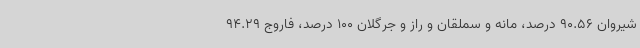
شیروان 90.56 درصد، مانه و سملقان و راز و جرگلان 100 درصد، فاروج 94.29